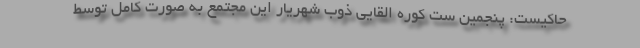
حاکیست: پنجمين ست كوره القایي ذوب شهريار اين مجتمع به صورت کامل توسط